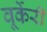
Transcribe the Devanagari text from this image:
वूर्केरी